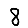
Digit: 8